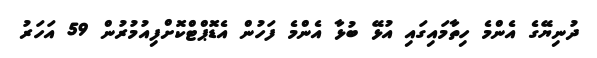
ދުނިޔޭގެ އެންމެ ހިތާމައިގައި އުޅޭ ބުޅާ އެންމެ ފަހުން އެޑޮޕްޓްކޮށްފިއުމުރުން 59 އަހަރު